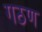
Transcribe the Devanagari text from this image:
गठण